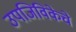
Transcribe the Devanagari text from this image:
उपजिविकेचे